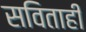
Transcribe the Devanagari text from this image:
सविताही